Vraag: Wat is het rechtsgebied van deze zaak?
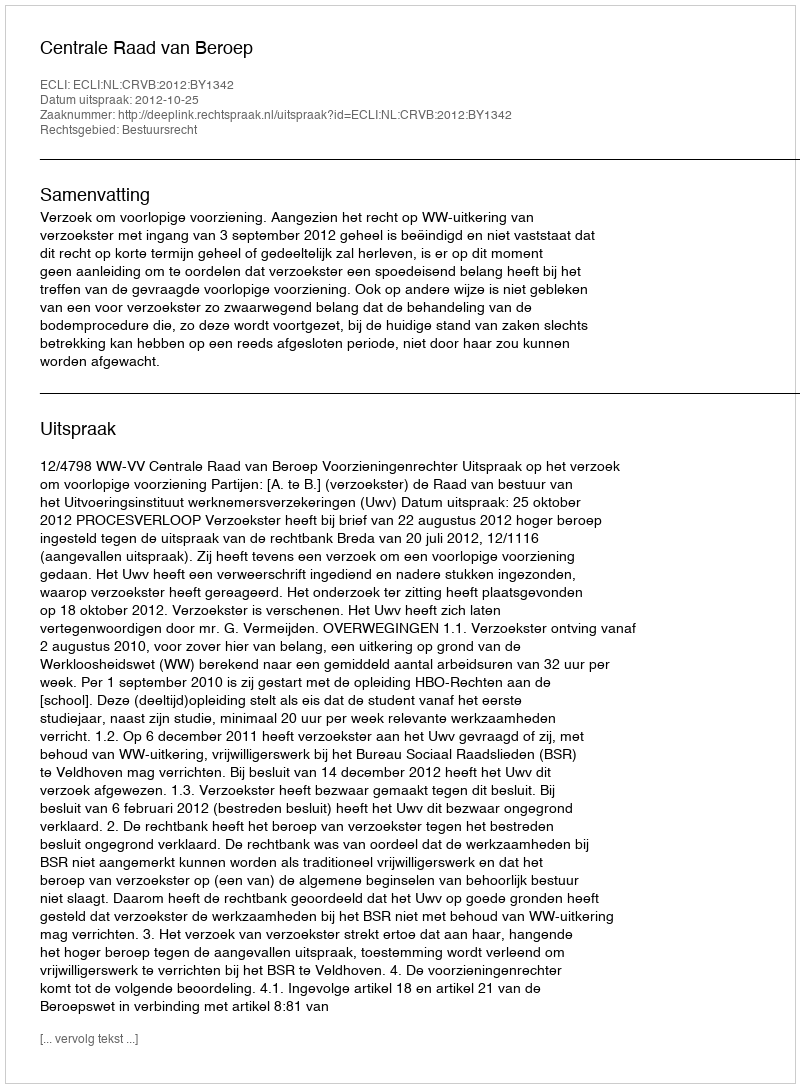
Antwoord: Bestuursrecht